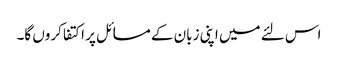
اس لئے میں اپنی زبان کے مسائل پر اکتفا کروں گا۔